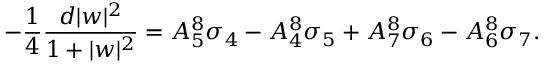
- { \frac { 1 } { 4 } } { \frac { d | w | ^ { 2 } } { 1 + | w | ^ { 2 } } } = A _ { 5 } ^ { 8 } \sigma _ { 4 } - A _ { 4 } ^ { 8 } \sigma _ { 5 } + A _ { 7 } ^ { 8 } \sigma _ { 6 } - A _ { 6 } ^ { 8 } \sigma _ { 7 } .